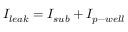
I _ { l e a k } = I _ { s u b } + I _ { p - w e l l }